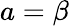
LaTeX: a=\beta